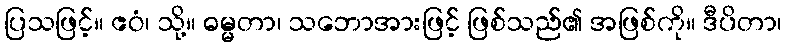
ပြသဖြင့်။ ဧဝံ၊ သို့။ ဓမ္မတာ၊ သဘောအားဖြင့် ဖြစ်သည်၏ အဖြစ်ကို။ ဒီပိတာ၊